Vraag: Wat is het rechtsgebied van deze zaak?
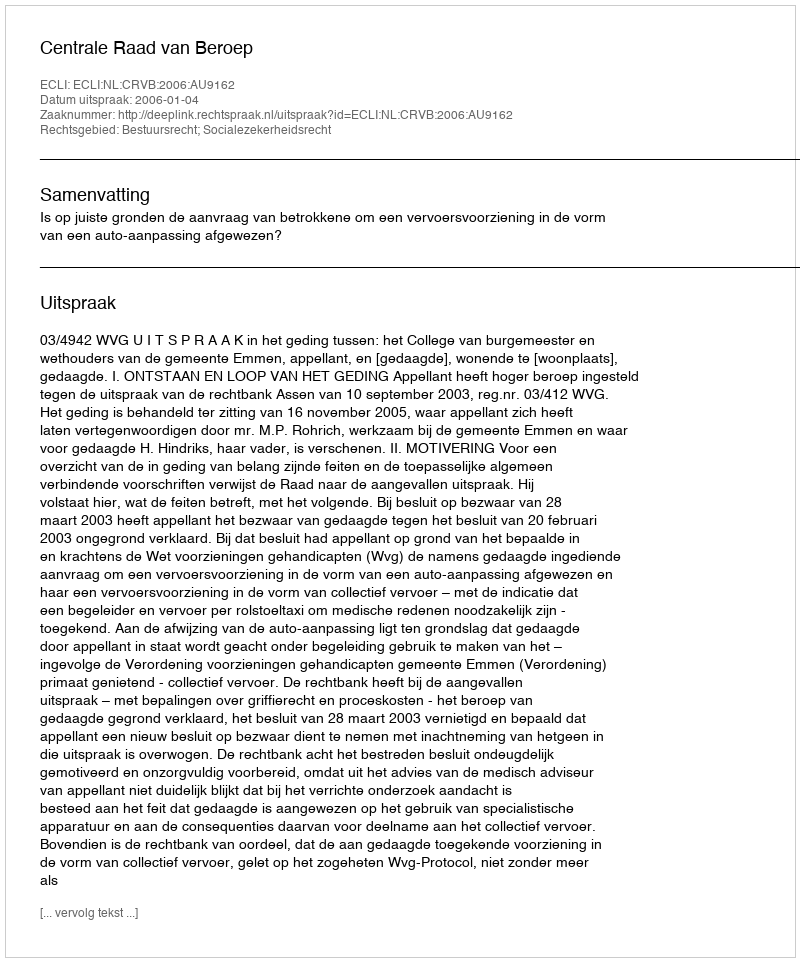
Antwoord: Bestuursrecht; Socialezekerheidsrecht